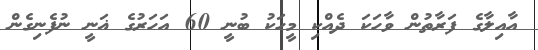
އާއިލާގެ ފަރާތުން ވާހަކަ ދެއްކި މީހަކު ބުނީ 60 އަހަރުގެ ޣަނީ ނުފެނިގެން